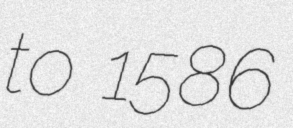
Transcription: to 1586